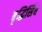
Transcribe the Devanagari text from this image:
बृद्धिसिंघ